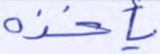
يأخذه